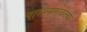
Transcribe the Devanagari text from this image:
पार्सलसोबतच्या